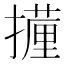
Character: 𭢧